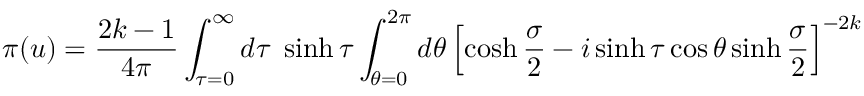
\pi ( u ) = \frac { 2 k - 1 } { 4 \pi } \int _ { \tau = 0 } ^ { \infty } d \tau \; \sinh \tau \int _ { \theta = 0 } ^ { 2 \pi } d \theta \left[ \cosh \frac { \sigma } { 2 } - i \sinh \tau \cos \theta \sinh \frac { \sigma } { 2 } \right] ^ { - 2 k }